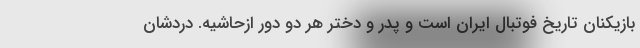
بازیکنان تاریخ فوتبال ایران است و پدر و دختر هر دو دور ازحاشیه. دردشان